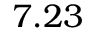
7 . 2 3